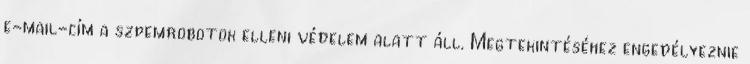
e-mail-cím a szpemrobotok elleni védelem alatt áll. Megtekintéséhez engedélyeznie